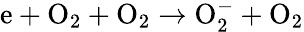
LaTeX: \mathrm{e}+\mathrm{O}_{2}+\mathrm{O}_{2}\to\mathrm{O}_{2}^{-}+\mathrm{O}_{2}